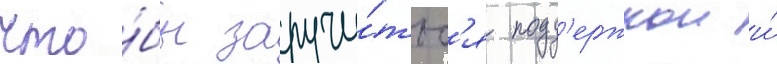
что́бы заручи́тьс'я подд'ержкои и́